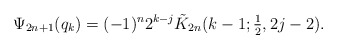
\begin{align*}\Psi_{2n + 1} ( q_{k}) = (-1)^n 2^{k-j}\tilde K_{2n}(k-1;\textstyle{\frac12},2j-2).\end{align*}